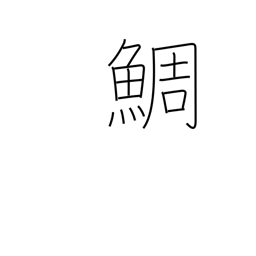
Meaning: red snapper